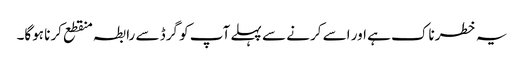
یہ خطرناک ہے اور اسے کرنے سے پہلے آپ کو گرڈ سے رابطہ منقطع کرنا ہوگا۔